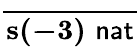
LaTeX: \frac{}{\mathbf{s(-3)}\, \, {\mathsf{nat}}}